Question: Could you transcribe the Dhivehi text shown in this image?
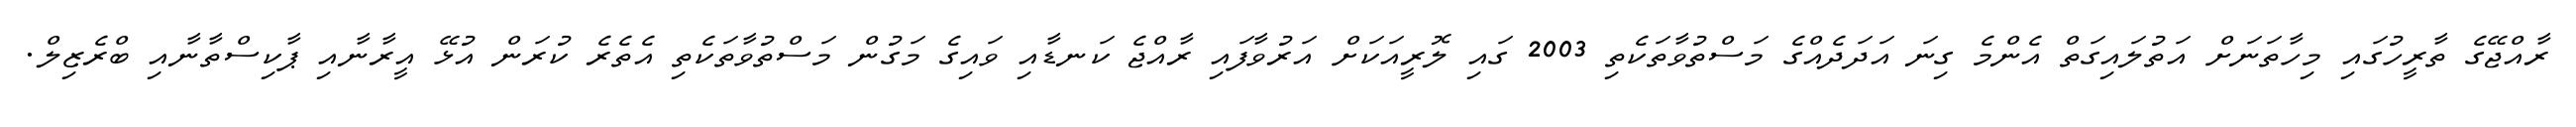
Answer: ރާއްޖޭގެ ތާރީހުގައި މިހާތަނަށް އަތުލައިގަތް އެންމެ ގިނަ އަދަދެއްގެ މަސްތުވާތަކެތި 2003 ގައި ލޮރީއަކަށް އަރުވާފައި ރާއްޖެ ކަނޑާއި ވައިގެ މަގުން މަސްތުވާތަކެތި އެތެރެ ކުރަން އުޅޭ އީރާނާއި ޕާކިސްތާނާއި ބްރެޒިލް.